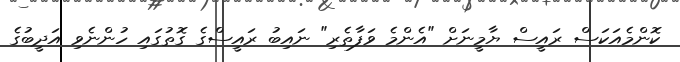
ކޮންމެއަކަސް ރައީސް ޔާމީނަށް "އެންމެ ވަފާތެރި" ނައިބު ރައީސްގެ ގޮތުގައި ހުންނެވި އަދީބުގެ